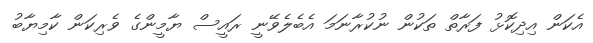
އެކަން އިދިކޮޅު ފަރާތް ތަކުން ނުކުރާނަމަ އެބެލެވޭނީ ރައީސް ޔާމީންގެ ވެރިކަން ކާމިޔާބު